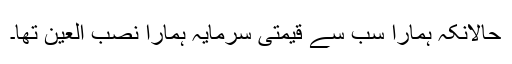
حالانکہ ہمارا سب سے قیمتی سرمایہ ہمارا نصب العین تھا۔